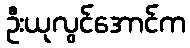
ဦးယုလွင်အောင်က